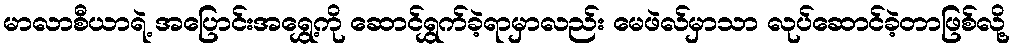
မာလာစီယာရဲ့ အပြောင်းအရွှေ့ကို ဆောင်ရွှက်ခဲ့ရာမှာလည်း မေဖဲလ်မှာသာ လုပ်ဆောင်ခဲ့တာဖြစ်လို့